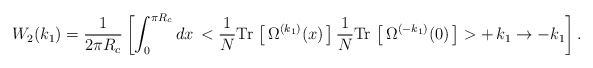
\begin{align*}W_2(k_1)=\frac{1}{2\pi R_c}\left[\int_0^{\pi R_c} dx\,<\frac{1}{N}{\rm Tr}\,\left[\,\Omega^{(k_1)}(x)\,\right]\frac{1}{N}{\rm Tr}\,\left[\,\Omega^{(-k_1)}(0)\,\right]>+\,k_1\to-k_1\right].\end{align*}